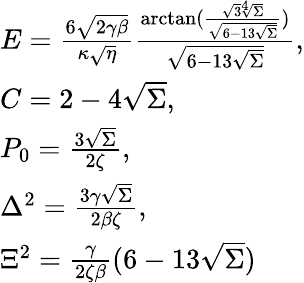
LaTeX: \begin{array}{l}{E=\frac{6\sqrt{2\gamma\beta}}{\kappa\sqrt{\eta}}\frac{\arctan(\frac{\sqrt{3}\sqrt[4]{\Sigma}}{\sqrt{6-13\sqrt{\Sigma}}})}{\sqrt{6-13\sqrt{\Sigma}}},}\\ {C=2-4\sqrt{\Sigma},}\\ {P_{0}=\frac{3\sqrt{\Sigma}}{2\zeta},}\\ {\Delta^{2}=\frac{3\gamma\sqrt{\Sigma}}{2\beta\zeta},}\\ {\Xi^{2}=\frac{\gamma}{2\zeta\beta}(6-13\sqrt{\Sigma})}\end{array}